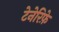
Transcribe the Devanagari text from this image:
टेनेरिफ़े